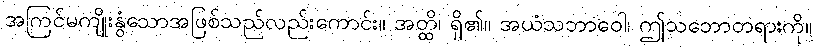
အကြင်မကျိုးနွံသောအဖြစ်သည်လည်းကောင်း။ အတ္ထိ၊ ရှိ၏။ အယံသဘာဝေါ၊ ဤသဘောတရားကို။